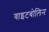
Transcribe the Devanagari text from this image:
वाइटबोलिन